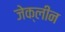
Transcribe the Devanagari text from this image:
जेक्लीन